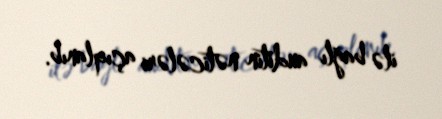
ilə bağlı auditin nəticələri açıqlanıb.